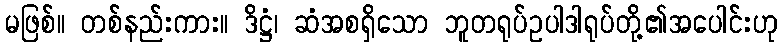
မဖြစ်။ တစ်နည်းကား။ ဒိဋ္ဌံ၊ ဆံအစရှိသော ဘူတရုပ်ဥပါဒါရုပ်တို့၏အပေါင်းဟု